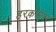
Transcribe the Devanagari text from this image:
हरकतीवर